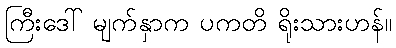
ကြီးဒေါ် မျက်နှာက ပကတိ ရိုးသားဟန်။